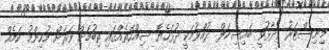
މިނިސްޓަރު ވިދާޅުވީ ބައިސިކަލް ދުއްވުމަކީ ދުޅަހެޔޮ ސިއްހަތެއްގައި ތިބުމަށް ވަރަށް މުުހިންމު ކަމެއް